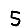
Digit: 5